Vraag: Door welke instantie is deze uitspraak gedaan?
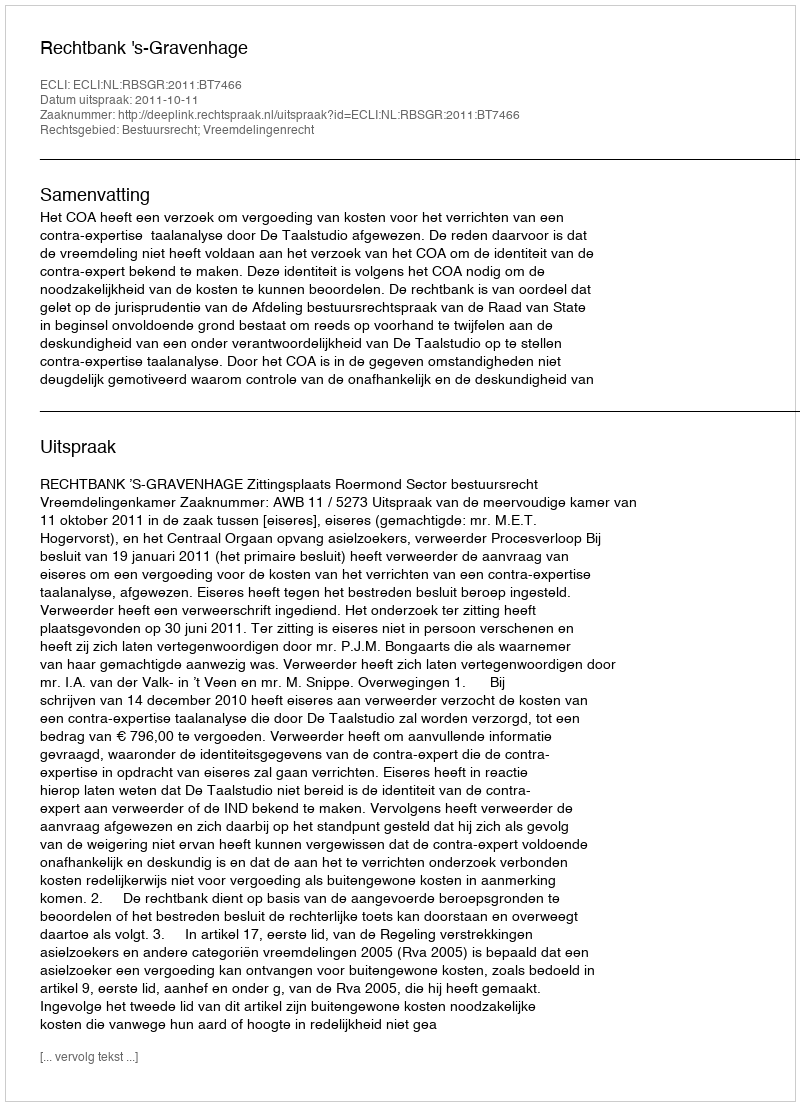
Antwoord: Rechtbank 's-Gravenhage